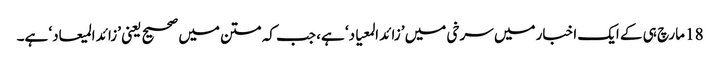
18 مارچ ہی کے ایک اخبار میں سرخی میں ’زائد المعیاد‘ ہے، جب کہ متن میں صحیح یعنی ’زائد المیعاد‘ ہے۔